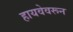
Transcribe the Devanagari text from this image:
हायवेवरून